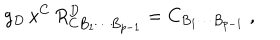
g _ { D } \, x ^ { C } \, R _ { C B _ { 1 } \cdots B _ { p - 1 } } ^ { D } = C _ { B _ { 1 } \cdots B _ { p - 1 } } \ ,